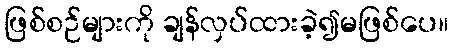
ဖြစ်စဉ်များကို ချန်လှပ်ထားခဲ့၍မဖြစ်ပေ။